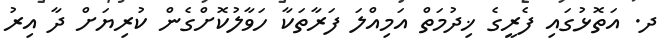
ދ. އަތޮޅުގައި ފެރީގެ ޚިދުމަތް އަމިއްލަ ފަރާތަކާ ހަވާލުކޮށްގެން ކުރިޔަށް ދާ އިރު